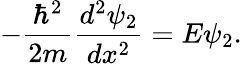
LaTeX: -{\frac{\hbar^{2}}{2m}}{\frac{d^{2}\psi_{2}}{dx^{2}}}=E\psi_{2}.